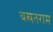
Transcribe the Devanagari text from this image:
बखतराम